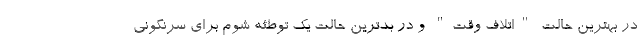
در بهترین حالت "اتلاف وقت" و در بدترین حالت یک توطئه شوم برای سرنگونی